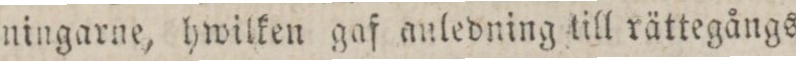
ningarne, hwilken gaf anledning till rättegångs